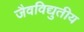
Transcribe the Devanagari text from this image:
जैवविद्युतीय